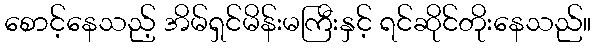
စောင့်နေသည့် အိမ်ရှင်မိန်းမကြီးနှင့် ရင်ဆိုင်တိုးနေသည်။